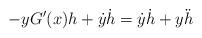
LaTeX: \begin{align*} -yG'(x)h+\dot y\dot h=\dot y\dot h+y\ddot h\end{align*}